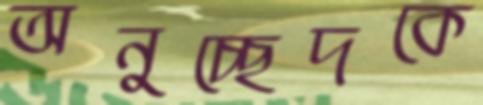
অনুচ্ছেদকে